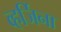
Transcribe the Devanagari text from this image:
व्हर्जिना